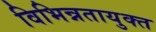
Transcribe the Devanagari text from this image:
विभिन्नतायुक्त